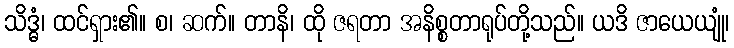
သိဒ္ဓံ၊ ထင်ရှား၏။ စ၊ ဆက်။ တာနိ၊ ထို ဇရတာ အနိစ္စတာရုပ်တို့သည်။ ယဒိ ဇာယေယျုံ၊